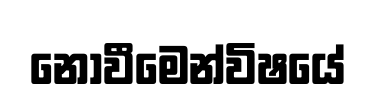
නොවීමෙන්විෂයේ